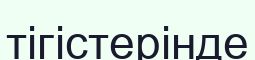
тігістерінде